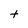
Character: t